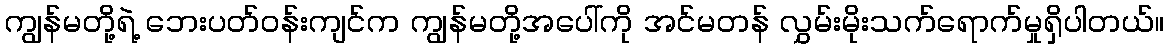
ကျွန်မတို့ရဲ့ ဘေးပတ်ဝန်းကျင်က ကျွန်မတို့အပေါ်ကို အင်မတန် လွှမ်းမိုးသက်ရောက်မှုရှိပါတယ်။